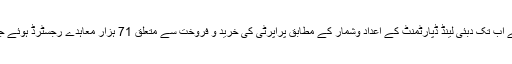
خیال رہے کہ جنوری 2016 سے اب تک دبئی لینڈ ڈپارٹمنٹ کے اعداد وشمار کے مطابق پراپرٹی کی خرید و فروخت سے متعلق 71 ہزار معاہدے رجسٹرڈ ہوئے جو کہ ایک حوصلہ افزاء تعداد ہے۔